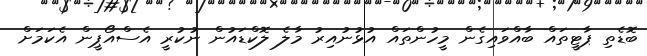
ބޮޑެތި ޕާޓީތައް ބާއްވައިގެން މީހުންތައް އުޅުނުއިރު މާލެ ލޮކްޑައުން ނުކުރީ އެސްއޯޕީން އެކަމަށް